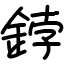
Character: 鋍